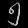
Digit: ၅